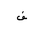
Letter: _fa